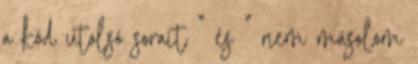
a kód utolsó sorait ” és ” nem másolom